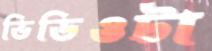
ভিডিওটা